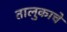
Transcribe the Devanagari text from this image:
तालुकाचे